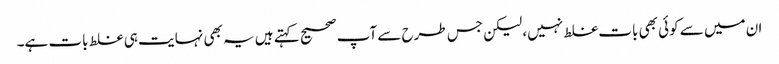
ان میں سے کوئی بھی بات غلط نہیں، لیکن جس طرح سے آپ صحیح کہتے ہیں یہ بھی نہایت ہی غلط بات ہے۔